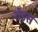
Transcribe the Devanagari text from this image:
रोइस